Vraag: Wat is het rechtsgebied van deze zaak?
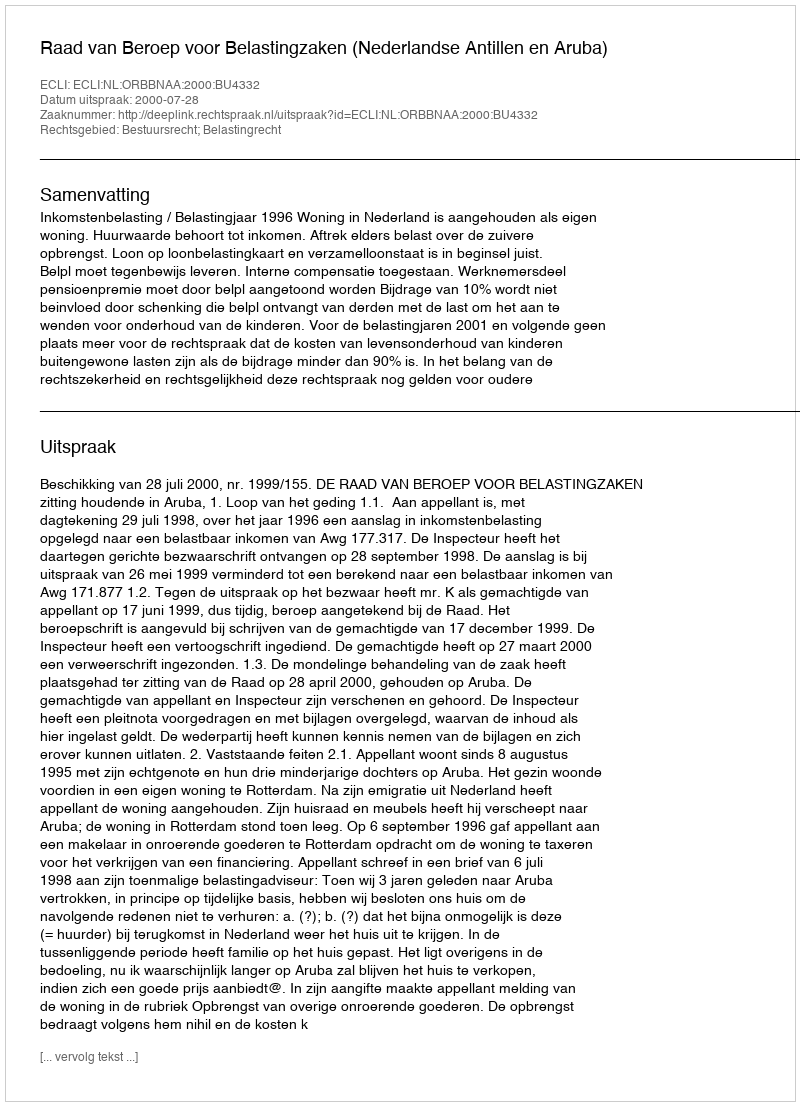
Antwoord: Bestuursrecht; Belastingrecht